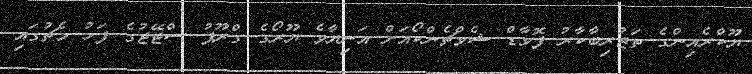
ޔޫކްރެއިންގެ ތަޖުރިބާކާރު ފޮވާޑް ޝެވްޗެންކޯއަށް އަނިޔާވެ ޔޫރޯގެ ގްރޫޕު ސްޓޭޖުގެ ފަހު މެޗުގައި